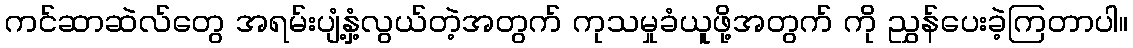
ကင်ဆာဆဲလ်တွေ အရမ်းပျံ့နှံ့လွယ်တဲ့အတွက် ကုသမှုခံယူဖို့အတွက် ကို ညွှန်ပေးခဲ့ကြတာပါ။